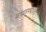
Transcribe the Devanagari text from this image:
चंपारण्याला